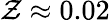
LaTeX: \mathcal{Z}\approx0.02